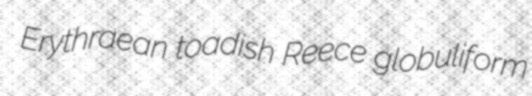
Erythraean toadish Reece globuliform